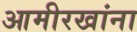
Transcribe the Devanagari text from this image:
आमीरखांना